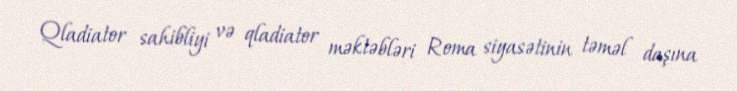
Qladiator sahibliyi və qladiator məktəbləri Roma siyasətinin təməl daşına